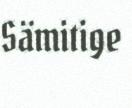
Sämitige